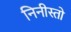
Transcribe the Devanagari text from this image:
निनीस्तो